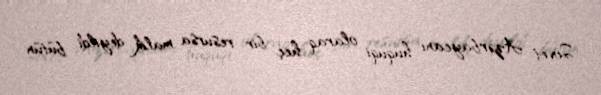
Sovet Azərbaycanı hüquqi olaraq heç bir resursa malik deyildi, bütün